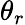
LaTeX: \theta_{r}